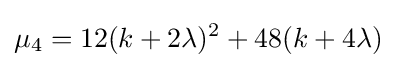
\mu _{4}=12(k+2\lambda )^{2}+48(k+4\lambda )